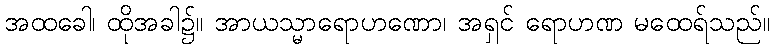
အထခေါ၊ ထိုအခါ၌။ အာယသ္မာရောဟဏော၊ အရှင် ရောဟဏ မထေရ်သည်။